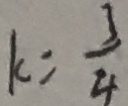
k = \frac { 3 } { 4 }